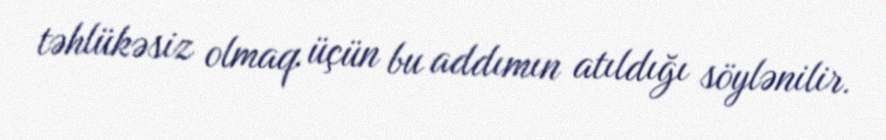
təhlükəsiz olmaq üçün bu addımın atıldığı söylənilir.